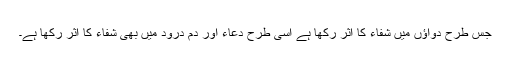
جس طرح دواؤں میں شفاء کا اثر رکھا ہے اسی طرح دُعاء اور دم درود میں بھی شفاء کا اثر رکھا ہے۔